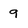
Character: 9